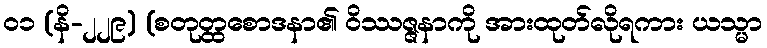
၀၁ (နိ-၂၂၉) (စတုတ္ထစောဒနာ၏ ဝိဿဇ္ဇနာကို အားထုတ်လိုရကား ယသ္မာ